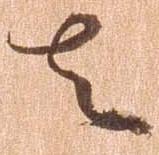
者